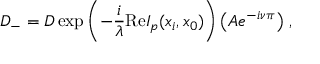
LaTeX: D _ { - } = D \exp \left( - \frac { i } { \lambda } \mathrm { R e } I _ { p } ( x _ { i } , x _ { 0 } ) \right) \left( A e ^ { - i \nu \pi } \right) \, ,